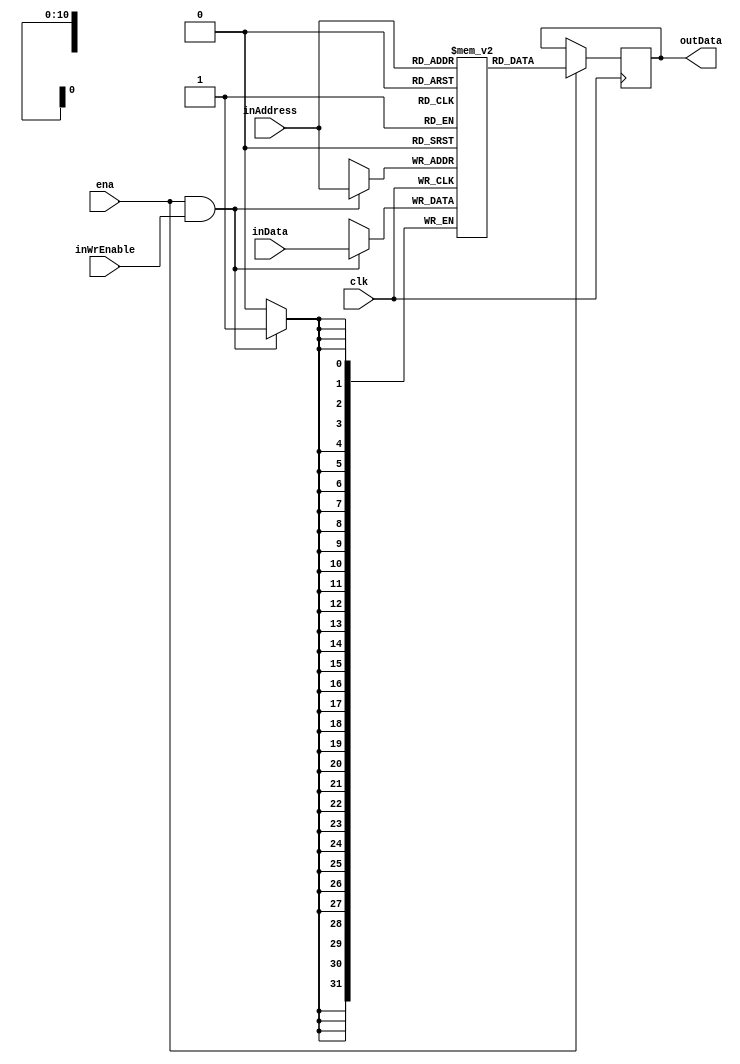
`timescale 1ns / 1ps

module DataMemory #(parameter RAM_WIDTH = 32,        // Specify RAM data width
                    parameter ADDR_WIDTH = 11,
                    parameter RAM_DEPTH = 2048,
                    parameter INIT_FILE = "")
                   (input inWrEnable,
                    clk,
                    //rst,
                    ena,
                    input [ADDR_WIDTH-1:0] inAddress,
                    input [RAM_WIDTH-1:0] inData,
                    output [RAM_WIDTH-1:0] outData//,
                    //output [319:0] values // valores de los primeros diez registros de la memoria
                    );

    reg [RAM_WIDTH-1:0] ram_name [RAM_DEPTH-1:0];
    reg [RAM_WIDTH-1:0] ram_data = {RAM_WIDTH{1'b0}};
    integer ram_index;
    //reg [319:0] aux_values = {320{1'b0}};
    
    // The following code either initializes the memory values to a specified file or to all zeros to match hardware
    /* COMENTADO PARA SOLUCIONAR PROBLEMA EN TIMING SIMULATION */ 
    initial
    if (INIT_FILE != "")
        $readmemh(INIT_FILE, ram_name, 0, RAM_DEPTH-1);
    else 
        for (ram_index = 0; ram_index < RAM_DEPTH; ram_index = ram_index + 1)
            ram_name[ram_index] = {RAM_WIDTH{1'b0}};
    
    always @(negedge clk)
        if (ena)    ram_data <= ram_name[inAddress];
            //aux_values <= { ram_name[9], ram_name[8], ram_name[7], ram_name[6], ram_name[5],
            //            ram_name[4], ram_name[3], ram_name[2], ram_name[1], ram_name[0] };
    
    always @(posedge clk)
        if (ena && inWrEnable) ram_name[inAddress] <= inData;
    
    assign outData = ram_data;
    //assign values = aux_values;
    
endmodule